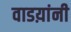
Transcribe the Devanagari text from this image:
वाडय़ांनी